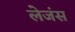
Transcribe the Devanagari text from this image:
लेजंस